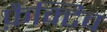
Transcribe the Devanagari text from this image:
फ़ैक्टिव